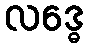
လဒ္ဓေ